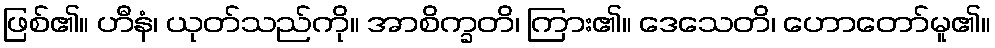
ဖြစ်၏။ ဟီနံ၊ ယုတ်သည်ကို။ အာစိက္ခတိ၊ ကြား၏။ ဒေသေတိ၊ ဟောတော်မူ၏။